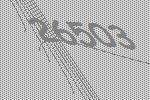
26503